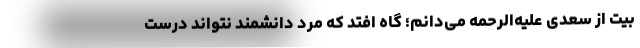
بیت از سعدی علیه‌الرحمه می‌دانم؛ گاه افتد که مرد دانشمند نتواند درست